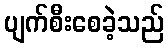
ပျက်စီးစေခဲ့သည်